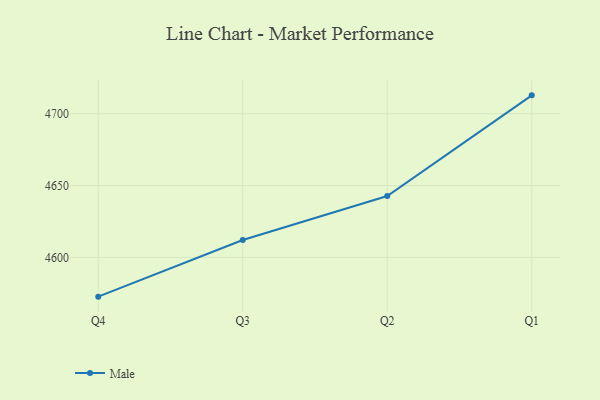
{"axis": {"x": "Quarter", "y": "Conversion Rate (%)"}, "legend": ["Male"], "data": [{"x": "Q4", "y": 4572.7, "type": "Male"}, {"x": "Q3", "y": 4612.1, "type": "Male"}, {"x": "Q2", "y": 4642.7, "type": "Male"}, {"x": "Q1", "y": 4712.8, "type": "Male"}]}